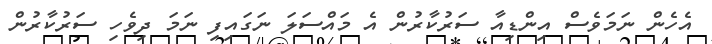
އެހެން ނަމަވެސް އިންޑިއާ ސަރުކާރުން އެ މައްސަލަ ނަގައިފި ނަމަ ދިވެހި ސަރުކާރުން